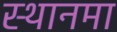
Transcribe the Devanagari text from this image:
स्थानमा